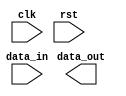
module Almost_Empty_FIFO (
    input wire clk,
    input wire rst,
    input wire data_in,
    output wire data_out
);

reg [7:0] fifo_buffer [0:15];
reg [3:0] fill_level;
reg almost_empty;

always @(posedge clk or posedge rst) begin
    if (rst) begin
        fill_level <= 0;
        almost_empty <= 0;
    end else begin
        if (fill_level <= 1) begin
            almost_empty <= 1;
        end else begin
            almost_empty <= 0;
        end
        
        if (almost_empty) begin
            // Logic for handling almost empty condition
        end
    end
end

endmodule